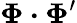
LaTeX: \boldsymbol\Phi\boldsymbol\cdot\boldsymbol\Phi^{\prime}